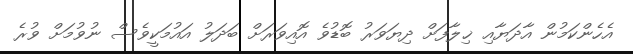
އެހެންކަމުން އާދަޔާއި ޚިލާފަށް ދިޔަަވަރު ބޮޑުވެ އޮއިވަރަށް ބަދަލު އައުމަކީވެސް ނުވުމަށް ވުރެ